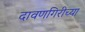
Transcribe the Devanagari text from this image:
दावणगिरीच्या